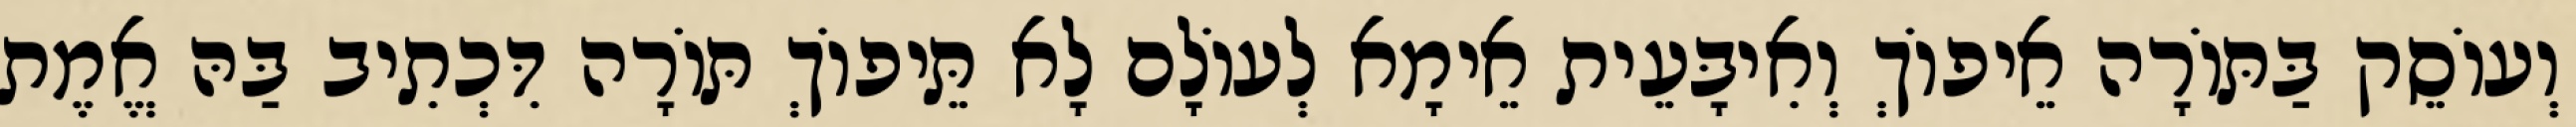
וְעוֹסֵק בַּתּוֹרָה אֵיפוֹךְ וְאִיבָּעֵית אֵימָא לְעוֹלָם לָא תֵּיפוֹךְ תּוֹרָה דִּכְתִיב בַּהּ אֱמֶת